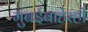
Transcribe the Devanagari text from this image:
मुंबईबाहेरही